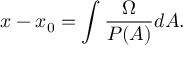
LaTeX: x - x _ { 0 } = \int \frac { \Omega } { P ( A ) } d A .